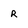
Character: r